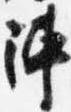
陣